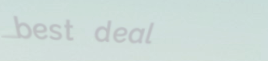
best deal